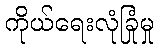
ကိုယ်ရေးလုံခြုံမှု